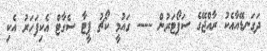
ދަގަނޑޭއާއެކު ރާއްޖޭގެ ސަޕޯޓަރުން ---- ގައުމީ ކޯޗު ޕީޓާ ސެގާޓް އެކިފަހަރު އެކި